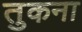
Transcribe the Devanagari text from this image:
तुकना